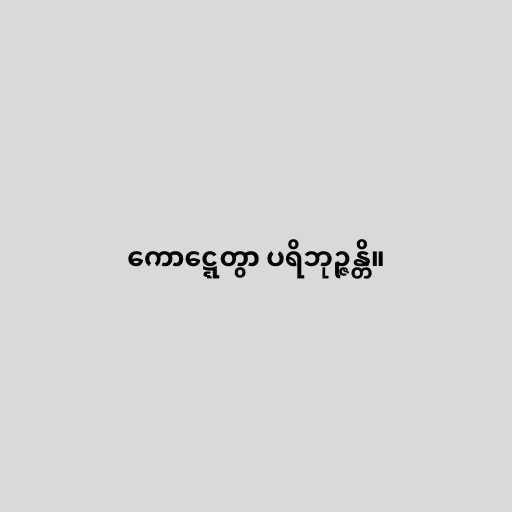
ကောဋ္ဋေတွာ ပရိဘုဉ္ဇန္တိ။